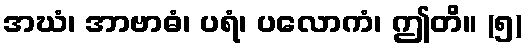
အဃံ၊ အာဗာဓံ၊ ပရံ၊ ပလောကံ၊ ဤတိ။ (၅)